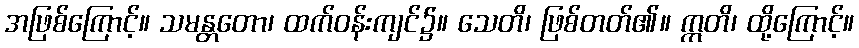
အဖြစ်ကြောင့်။ သမန္တတော၊ ထက်ဝန်းကျင်၌။ သေတိ၊ ဖြစ်တတ်၏။ ဣတိ၊ ထို့ကြောင့်။